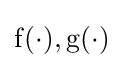
\operatorname {f} (\cdot ),\operatorname {g} (\cdot )